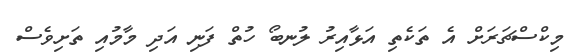
މިކްސްޗަރަށް އެ ތަކެތި އަޅާއިރު ލުނބޯ ހުތް ފަނި އަދި މާމުއި ތަށިވެސް